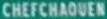
CHEFCHAOUEN